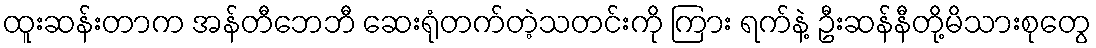
ထူးဆန်းတာက အန်တီဘေဘီ ဆေးရုံတက်တဲ့သတင်းကို ကြား ရက်နဲ့ ဦးဆန်နီတို့မိသားစုတွေ